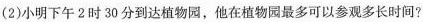
(2)小明下午 2 时 30 分到达植物园，他在植物园最多可以参观多长时间?